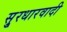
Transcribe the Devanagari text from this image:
सु्रधारवादी